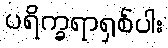
ပရိက္ခရာရှစ်ပါး